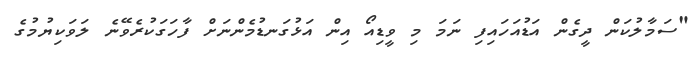
"ސަމާލުކަން ދީގެން އަޑުއަހައިފި ނަމަ މި ވީޑިއޯ އިން އަޅުގަނޑުމެންނަށް ފާހަގަކުރެވޭނެ ލަވަކިޔުމުގެ